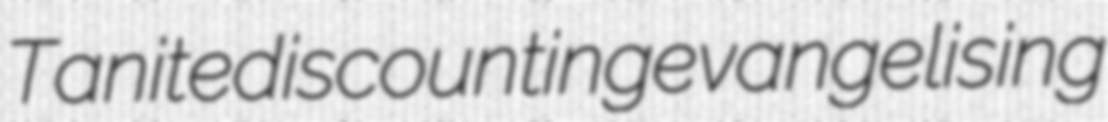
Tanite discounting evangelising